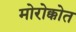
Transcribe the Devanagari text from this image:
मोरोक्कोत